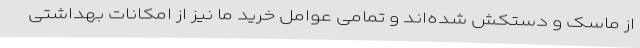
از ماسک و دستکش شده‌اند و تمامی عوامل خرید ما نیز از امکانات بهداشتی